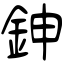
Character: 鉮